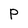
Character: P